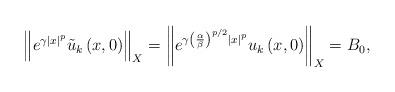
LaTeX: \begin{align*}\left\Vert e^{\gamma \left\vert x\right\vert ^{p}}\tilde{u}_{k}\left(x,0\right) \right\Vert _{X}=\left\Vert e^{\gamma \left( \frac{\alpha }{\beta }\right) ^{p/2}\left\vert x\right\vert ^{p}}u_{k}\left( x,0\right)\right\Vert _{X}=B_{0}, \end{align*}